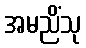
အမညိံသု